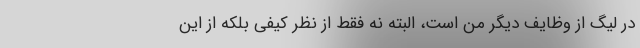
در لیگ از وظایف دیگر من است، البته نه فقط از نظر کیفی بلکه از این